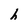
Character: h